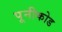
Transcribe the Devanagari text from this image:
पूनीकोड